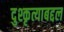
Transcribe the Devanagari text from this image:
दुश्कृत्याबद्दल